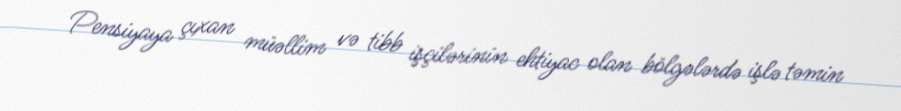
Pensiyaya çıxan müəllim və tibb işçilərinin ehtiyac olan bölgələrdə işlə təmin